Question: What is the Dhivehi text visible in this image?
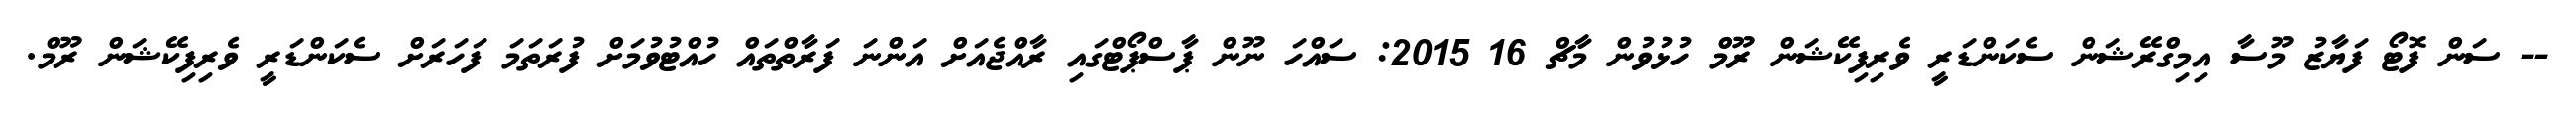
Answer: -- ސަން ފޮޓޯ ފަޔާޒު މޫސާ އިމިގްރޭޝަން ސެކަންޑަރީ ވެރިފިކޭޝަން ރޫމް ހުޅުވުން މާޗް 16 2015: ސައްހަ ނޫން ޕާސްޕޯޓްގައި ރާއްޖެއަށް އަންނަ ފަރާތްތައް ހުއްޓުވުމަށް ފުރަތަމަ ފަހަރަށް ސެކަންޑަރީ ވެރިފިކޭޝަން ރޫމް.